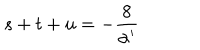
s + t + u = - \frac { 8 } { \alpha ^ { \prime } }